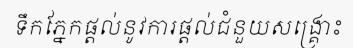
ទឹកភ្នែកផ្តល់នូវការផ្តល់ជំនួយសង្គ្រោះ